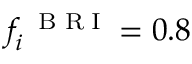
f _ { i } ^ { \mathrm { ~ \tiny ~ B ~ R ~ I ~ } } = 0 . 8